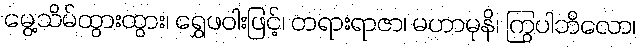
မွေ့သိမ်ထွားထွား၊ ရွှေဖဝါးဖြင့်၊ တရားရာဇာ၊ မဟာမုနိ၊ ကြွပါဘိလော၊